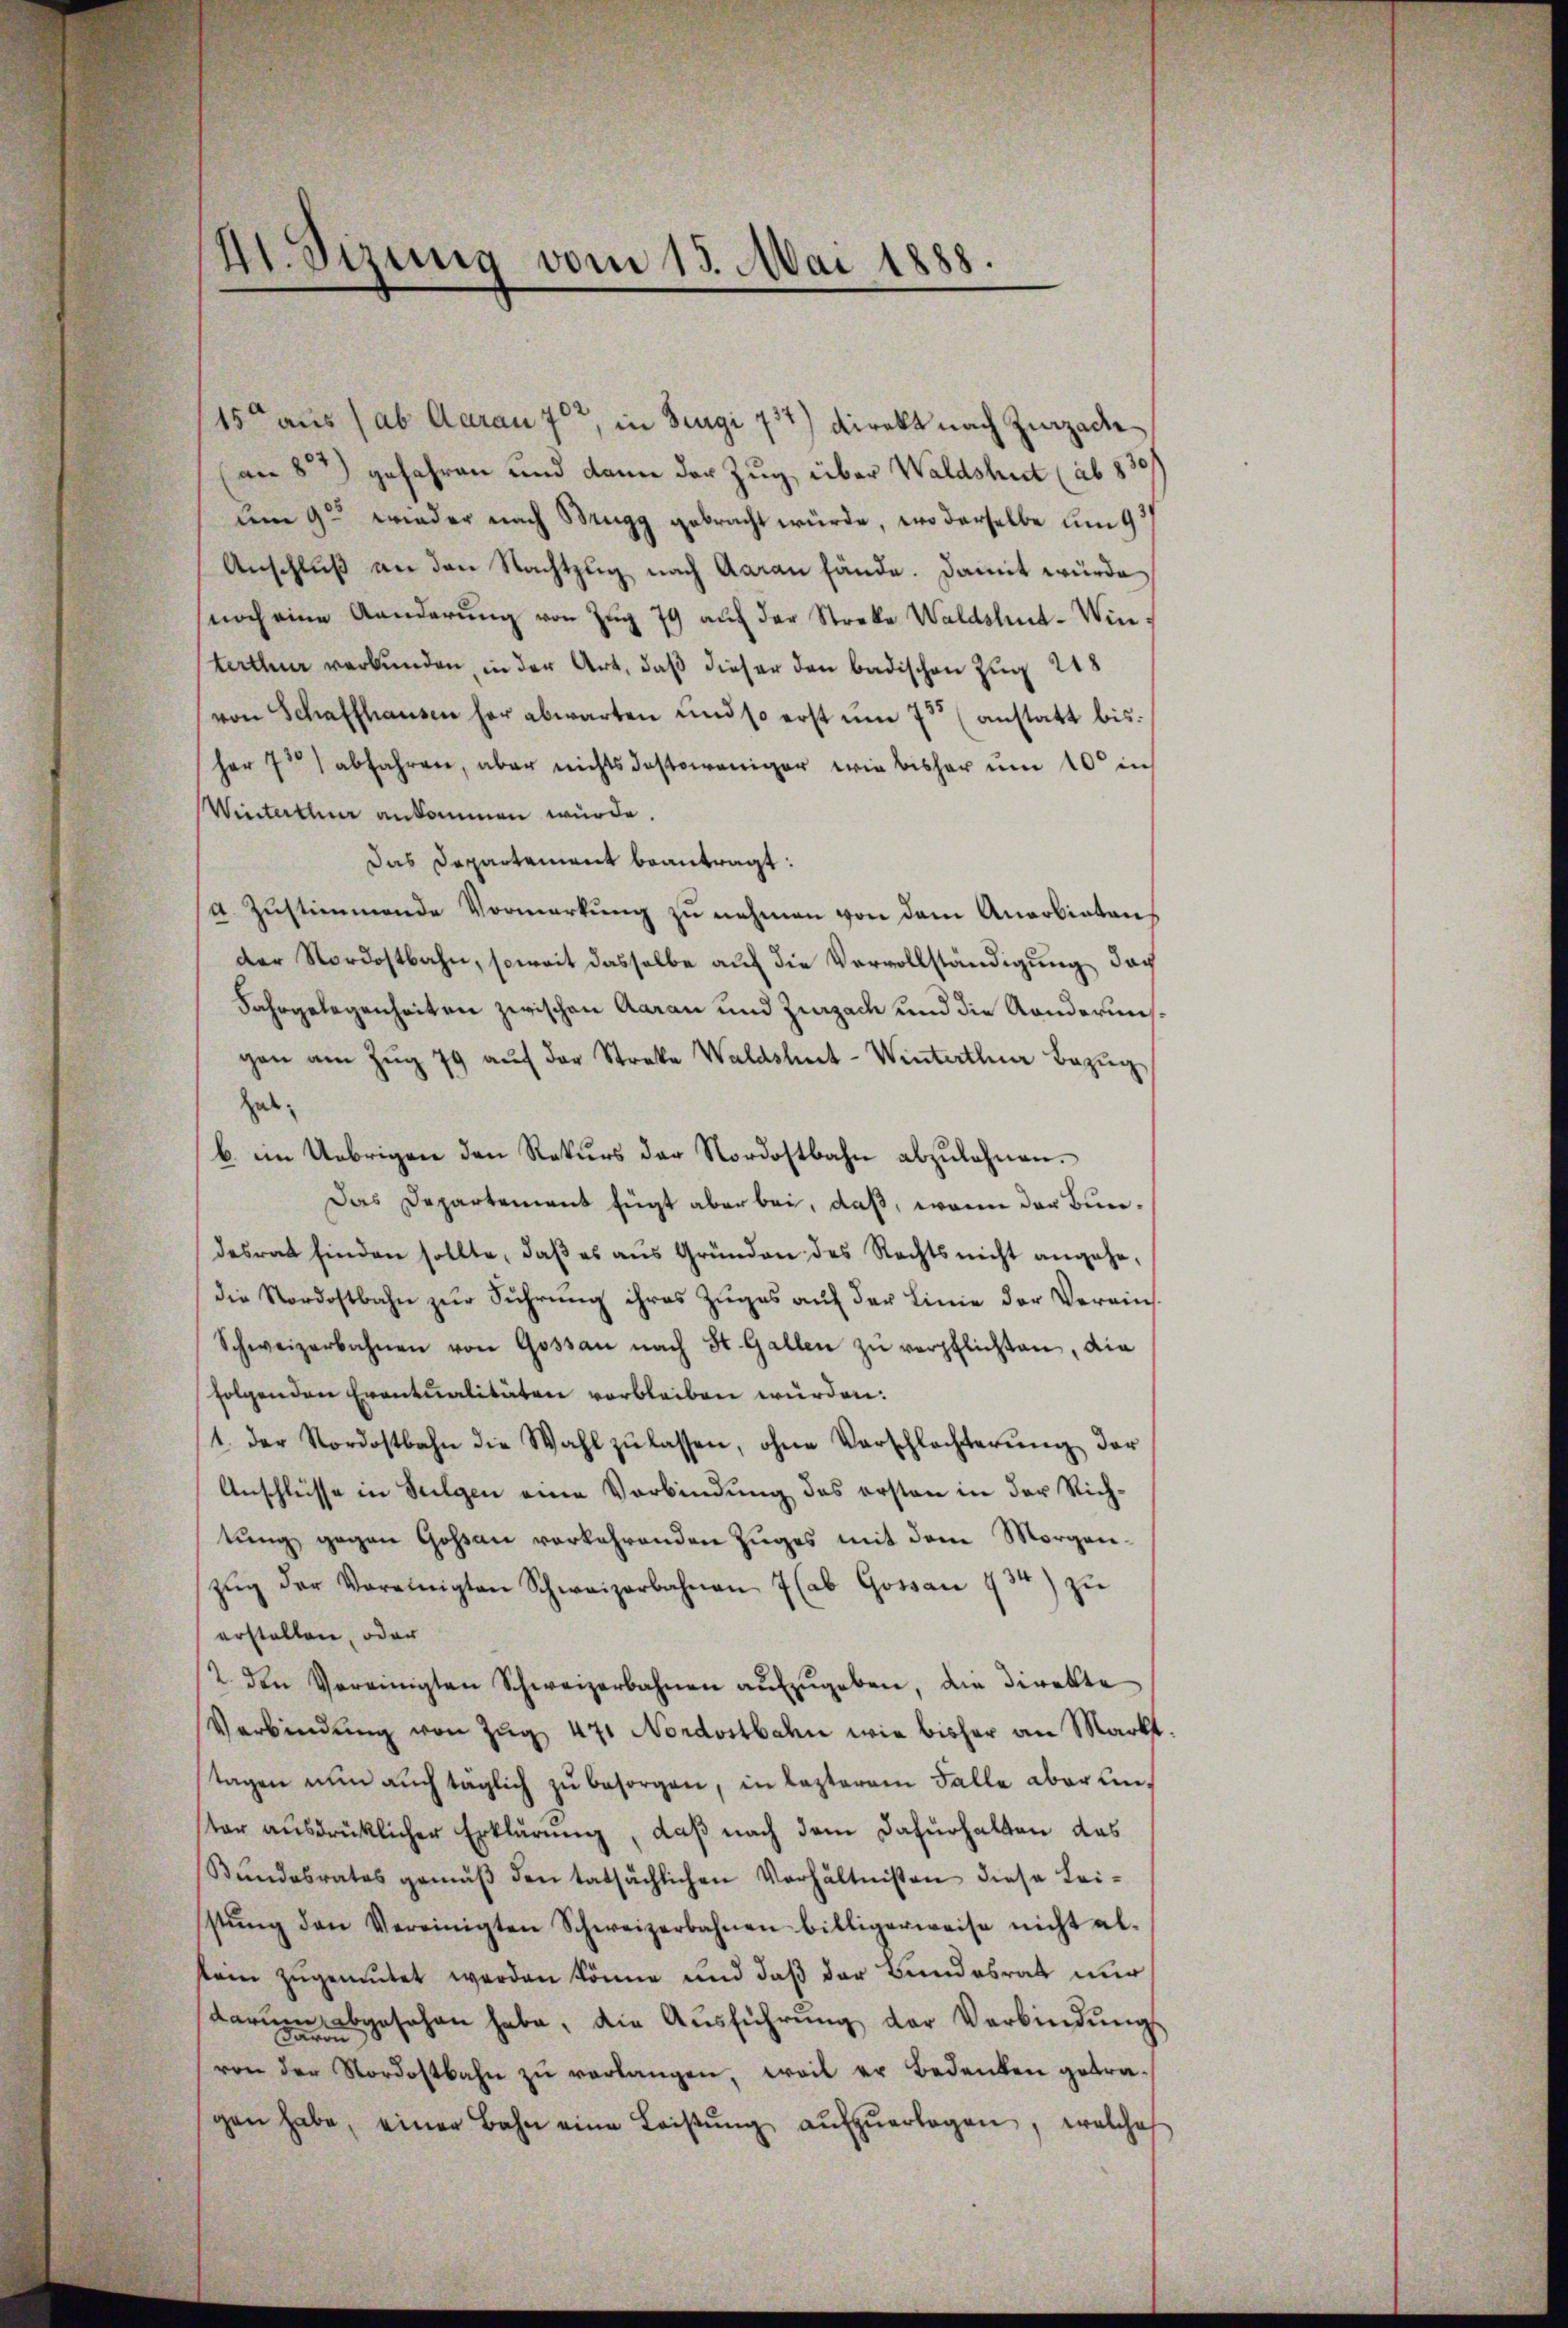
41. Sizung vom 15. Mai 1888.

15 aus (ab Aarau 70, in Jungi 731) Direkt nach Zurzacke
an 8) gefahren und dann der Zug über Waldshut (ab 830
um 9. wieder nach Brugg gebracht würde, wo derselbe um 9/
Anschluß an den Nachtzug nach Aarau fände. Damit würde
noch eine Aenderŭng von Zŭg 79 auf der Streke Waldshut-Win
terthur verbunden, in der Art, daß dieser den badischen Zug 218
von Schaffhausen her abwarten und so erst um 7 (anstatt bis
Her 73 abfahren, aber nichtsdestoweniger wie bisher ŭm 10 in
Winterthur ankommen würde.
Das Departement beantragt:
a. Zustimmende Vormerkung zu nehmen von dem Anerbietens
der Nordostbahn, soweit dasselbe auf die Vervollständigung dar
Fahrgelegenheiten zwischen Aarau und Zurzach und die Randerungen am Zug 79 auf der Streke Waldshut-Winterthur Bezug
hab
b. im Uebrigen den Rekŭrs der Nordostbahn abzulehnen.
Das Departement fügt aber bei, daß, wenn der Bundesrat finden sollte, daβ es aŭs Gründen des Rechts nicht angehe,
die Nordostbahn zur Führung ihres Zuges auf der Linie der Verein¬
Schweizerbahnen von Gossau nach St. Gallen zŭ verpflichten, die
folgenden Eventualitäten verbleiben würden:
1. der Nordostbahn die Wahl zŭ lassen, ohne Vorschlechterŭng der
Anschlüsse in Sulgen eine Verbindung des ersten in der Richtung gegen Goßau verkehrenden Zuges mit dem Morganzŭg der Vereinigten Schweizerbahnen 7 (ab Gossau 734) zŭ
erstellen, oder
2. den Vereinigten Schweizerbahnen aŭfzŭgeben, die Direkte
Verbindŭng von Zŭg 471 Nordostbahn wie bisher an Markt-
tagen nun auch täglich zu besorgen, in Lezterem Falle aber unster ausdrücklicher Erklärung, daß nach dem Dafürhalten das
Bŭndesrates gemäβ den tatsächlichen Verhältnißen diese Lei-
stŭng den Vereinigten Schweizerbahnen billigerweise nicht al-
kein zugemutet werden könne und daß der Bundesrat nur
darŭm abgesehen habe, die Aŭsführŭng der Verbindŭngs
d
on
von der Nordostbahn zŭ verlangen, weil er Bedenken getragen habe, einer Bahn eine Leiβŭng aŭfzŭertagen, welches